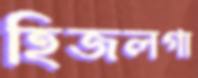
হিজলগা